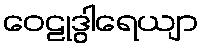
ဝေဠုဒွါရေယျာ